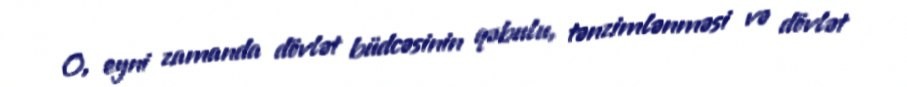
O, eyni zamanda dövlət büdcəsinin qəbulu, tənzimlənməsi və dövlət